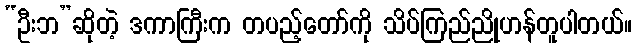
“ဦးဘ”ဆိုတဲ့ ဒကာကြီးက တပည့်တော်ကို သိပ်ကြည်ညိုဟန်တူပါတယ်။